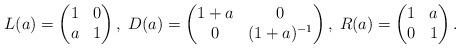
LaTeX: \begin{align*}L(a)=\left(\begin{matrix} 1 & 0 \\ a & 1 \end{matrix} \right), \; D(a)=\left(\begin{matrix} 1+a & 0 \\ 0 & (1+a)^{-1} \end{matrix} \right), \; R(a)=\left(\begin{matrix} 1 & a \\ 0 & 1 \end{matrix} \right).\end{align*}